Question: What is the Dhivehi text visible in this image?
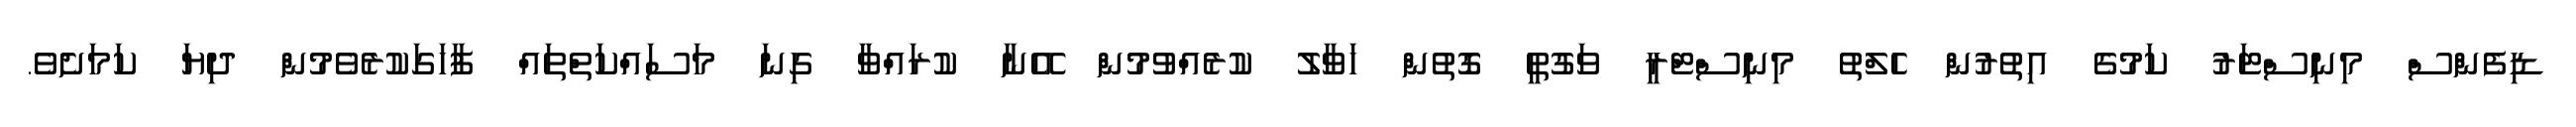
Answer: ޑިފެންސް މިނިސްޓަރު ކަމުގެ އިތުރުން ހެލްތު މިނިސްޓްރީ ވަގުތީ ގޮތުން ހަވާލު ކުރެއްވުމުން އޭނާ ކުރައްވާ ގިނަ މަސައްކަތްތައް ފާހަގަކުރެވެމުން ދިޔަ ކަމަށެވެ.